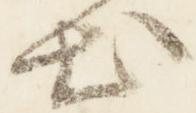
出